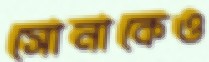
সোনাকেও